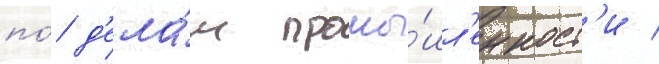
по́ д'ела́м промы́шл'енност'и /